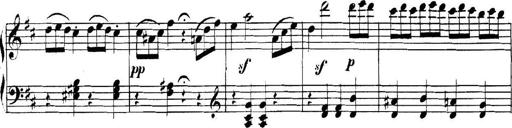
Title: Collected Piano Sonatas
Composer: Muzio Clementi